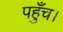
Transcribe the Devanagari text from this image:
पहुँच।